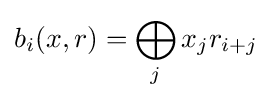
b_{i}(x,r)=\bigoplus _{j}x_{j}r_{i+j}